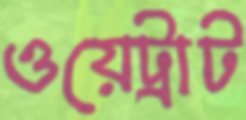
ওয়েট্রাট